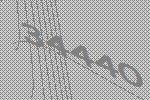
34440